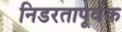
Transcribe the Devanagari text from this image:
निडरतापूर्वक